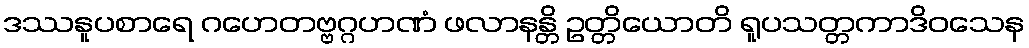
ဒဿနူပစာရေ ဂဟေတဗ္ဗဂ္ဂဟဏံ ဖလာနန္တိ ဥတ္တိယောတိ ရူပသတ္တကာဒိဝသေန